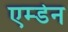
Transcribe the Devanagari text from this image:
एम्डेन